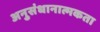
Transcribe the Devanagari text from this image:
अनुसंधानात्मकता